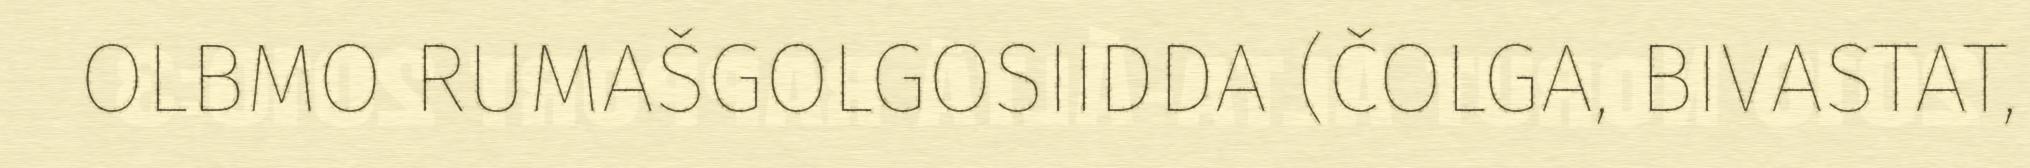
OLBMO RUMAŠGOLGOSIIDDA (ČOLGA, BIVASTAT,